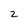
Character: 2